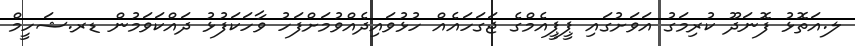
ލ.އަތޮޅު ފޮނަދޫ ކުރިމަގު އަވަށުގައި ޕީޕީއެމްގެ ޖަގަހައެއް ހުޅުވައިދެއްވުމަށްފަހު ވާހަކަފުޅު ދައްކަވަމުން ޑރ.ޝަހީމް